Civil Veterinary Department ledger series I-VI
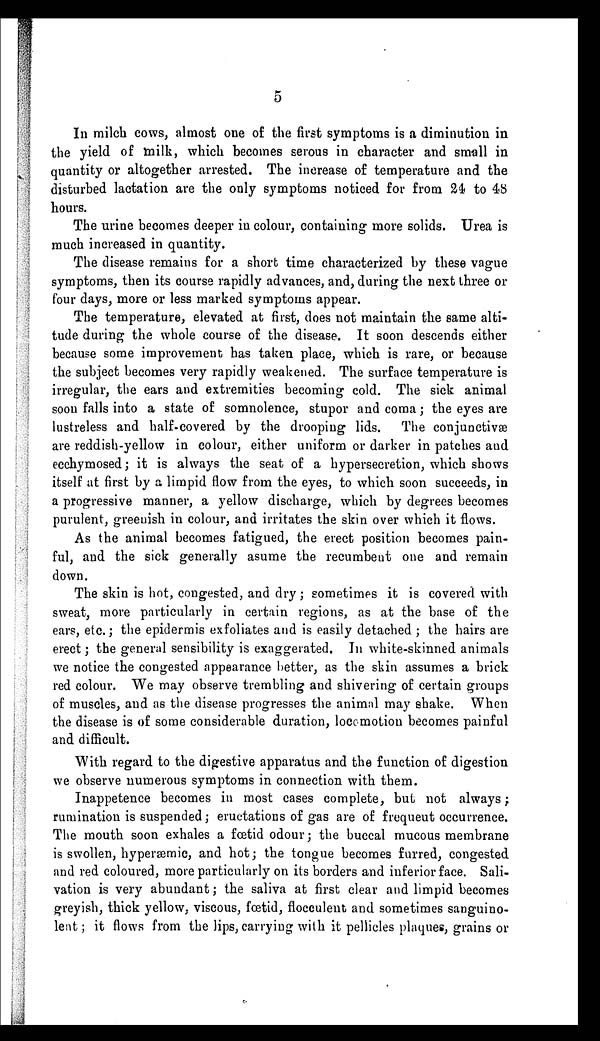
5
In milch cows, almost one of the first symptoms is a diminution in
the yield of milk, which becomes serous in character and small in
quantity or altogether arrested. The increase of temperature and the
disturbed lactation are the only symptoms noticed for from 24 to 48
hours.
The urine becomes deeper in colour, containing more solids. Urea is
much increased in quantity.
The disease remains for a short time characterized by these vague
symptoms, then its course rapidly advances, and, during the next three or
four days, more or less marked symptoms appear.
The temperature, elevated at first, does not maintain the same alti-
tude during the whole course of the disease. It soon descends either
because some improvement has taken place, which is rare, or because
the subject becomes very rapidly weakened. The surface temperature is
irregular, the ears and extremities becoming cold. The sick animal
soon falls into a state of somnolence, stupor and coma; the eyes are
lustreless and half-covered by the drooping lids. The conjunctivæ
are reddish-yellow in colour, either uniform or darker in patches and
ecchymosed; it is always the seat of a hypersecretion, which shows
itself at first by a limpid flow from the eyes, to which soon succeeds, in
a progressive manner, a yellow discharge, which by degrees becomes
purulent, greenish in colour, and irritates the skin over which it flows.
As the animal becomes fatigued, the erect position becomes pain-
ful, and the sick generally asume the recumbent one and remain
down.
The skin is hot, congested, and dry; sometimes it is covered with
sweat, more particularly in certain regions, as at the base of the
ears, etc.; the epidermis exfoliates and is easily detached; the hairs are
erect; the general sensibility is exaggerated. In white-skinned animals
we notice the congested appearance better, as the skin assumes a brick
red colour. We may observe trembling and shivering of certain groups
of muscles, and as the disease progresses the animal may shake. When
the disease is of some considerable duration, locomotion becomes painful
and difficult.
With regard to the digestive apparatus and the function of digestion
we observe numerous symptoms in connection with them.
Inappetence becomes in most cases complete, but not always;
rumination is suspended; eructations of gas are of frequeut occurrence.
The mouth soon exhales a fœtid odour; the buccal mucous membrane
is swollen, hyperæmic, and hot; the tongue becomes furred, congested
and red coloured, more particularly on its borders and inferior face. Sali-
vation is very abundant; the saliva at first clear and limpid becomes
greyish, thick yellow, viscous, fœtid, flocculent and sometimes sanguino-
lent; it flows from the lips, carrying with it pellicles plaques, grains or